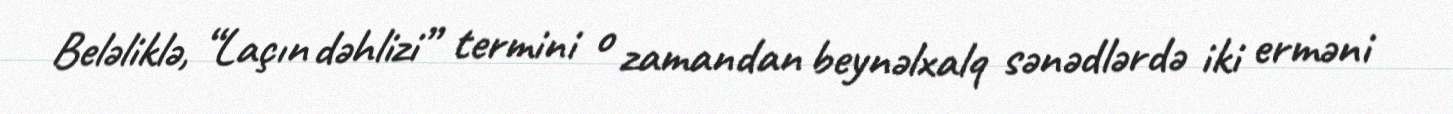
Beləliklə, “Laçın dəhlizi” termini o zamandan beynəlxalq sənədlərdə iki erməni